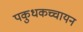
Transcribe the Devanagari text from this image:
पकुधकच्चायन